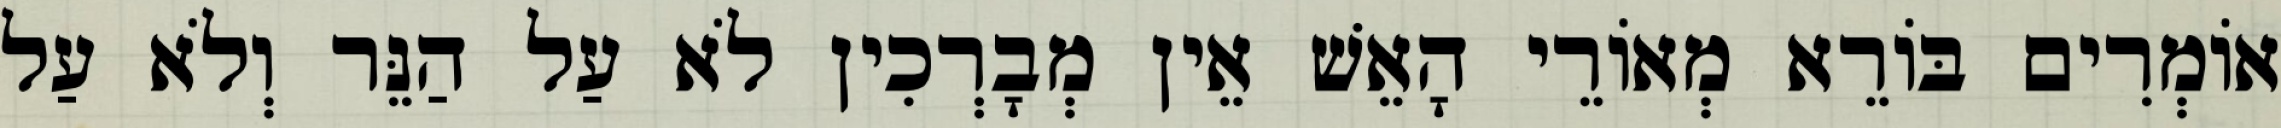
אוֹמְרִים בּוֹרֵא מְאוֹרֵי הָאֵשׁ אֵין מְבָרְכִין לֹא עַל הַנֵּר וְלֹא עַל